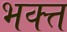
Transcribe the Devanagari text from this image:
भक्त्त